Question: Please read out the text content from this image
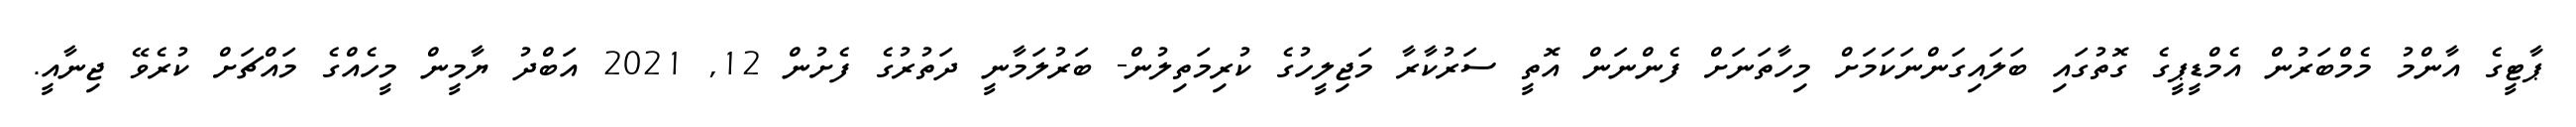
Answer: ޕާޓީގެ އާންމު މެމްބަރުން އެމްޑީޕީގެ ގޮތުގައި ބަލައިގަންނަކަމަށް މިހާތަނަށް ފެންނަން އޮތީ ސަރުކާރާ މަޖިލީހުގެ ކުރިމަތިލުން- ބަރުލަމާނީ ދަތުރުގެ ފެށުން 12, 2021 އަބްދު ޔާމީން މީހެއްގެ މައްޗަށް ކުރެވޭ ޖިނާއީ.